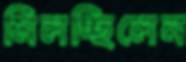
মিলচ্ছিলেন